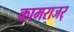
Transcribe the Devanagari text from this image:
कामराजर्